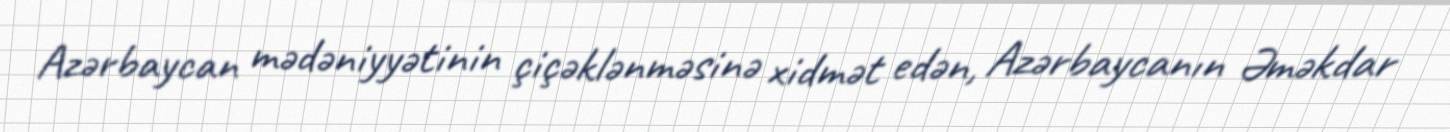
Azərbaycan mədəniyyətinin çiçəklənməsinə xidmət edən, Azərbaycanın Əməkdar